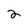
Character: 2